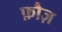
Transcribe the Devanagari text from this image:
फ़ौज़